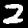
Digit: 2